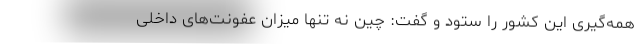
همه‌گیری این کشور را ستود و گفت: چین نه تنها میزان عفونت‌های داخلی